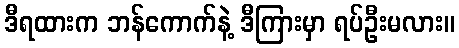
ဒီရထားက ဘန်ကောက်နဲ့ ဒီကြားမှာ ရပ်ဦးမလား။